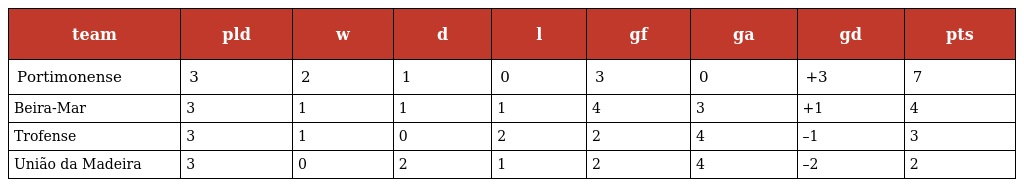
| team | pld | w | d | l | gf | ga | gd | pts |
 | --- | --- | --- | --- | --- | --- | --- | --- | --- |
 | Portimonense | 3 | 2 | 1 | 0 | 3 | 0 | +3 | 7 |
 | Beira-Mar | 3 | 1 | 1 | 1 | 4 | 3 | +1 | 4 |
 | Trofense | 3 | 1 | 0 | 2 | 2 | 4 | –1 | 3 |
 | União da Madeira | 3 | 0 | 2 | 1 | 2 | 4 | –2 | 2 |